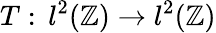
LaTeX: T:\, l^{2}(\mathbb{Z})\to l^{2}(\mathbb{Z})